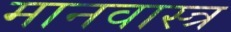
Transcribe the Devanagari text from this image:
मानवास्त्र